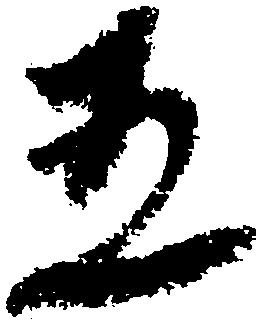
五